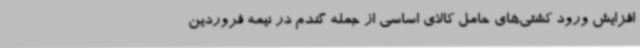
افزایش ورود کشتی‌های حامل کالای اساسی از جمله گندم در نیمه فروردین